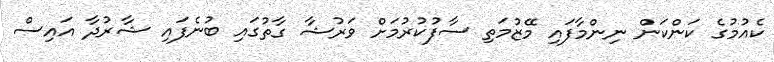
ކެއުމުގެ ކަންކަން ނިންމާފައި މޭޒުމަތި ސާފުކުރުމަށް ވަރުޝާ ގާތުގައި ބުނެފައި ޝާރުދާ އައިސް